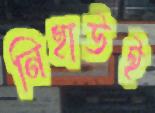
নিহাউই